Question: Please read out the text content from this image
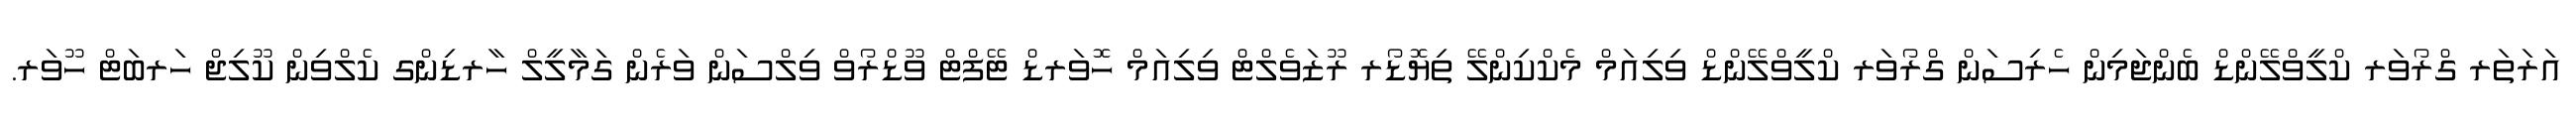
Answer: އަރަތަރ ގްރޯވަރ ކްލީވްލޭންޑް ބެންޖަމިން ހެރިސަން ގްރޯވަރ ކްލީވްލޭންޑް ވިލިއަމް މެކްކިންލޭ ތިޔޮޑޯރ ރޫޒަވެލްޓް ވިލިއަމް ހޮވަރޑް ޓޭފްޓް ވޫޑްރޯވް ވިލްސަން ވަރެން ގަމާލީލް ހާރޑިންގ ކެލްވިން ކޫލިޖް ހަރބަޓް ހޫވަރ.